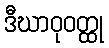
ဒီဃာဝုဝတ္ထု